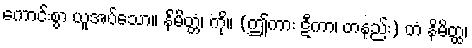
ကောင်းစွာ ယူအပ်သော။ နိမိတ္တံ၊ ကို။ (ဤကား ဋီကာ၊ တနည်း) တံ နိမိတ္တွ၊